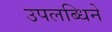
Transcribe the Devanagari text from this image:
उपलब्धिने